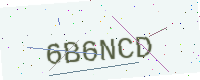
Text: 6B6NCD